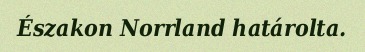
Északon Norrland határolta.